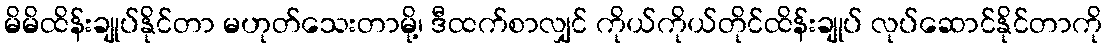
မိမိထိန်းချုပ်နိုင်တာ မဟုတ်သေးတာမို့၊ ဒီထက်စာလျှင် ကိုယ်ကိုယ်တိုင်ထိန်းချုပ် လုပ်ဆောင်နိုင်တာကို